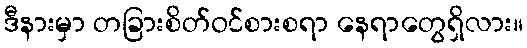
ဒီနားမှာ တခြားစိတ်ဝင်စားစရာ နေရာတွေရှိလား။